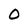
Character: O